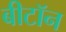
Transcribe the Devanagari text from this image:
बीटॉन